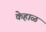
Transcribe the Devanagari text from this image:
केहाळ